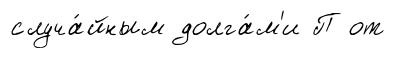
случа́йным долга́м'и П от